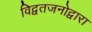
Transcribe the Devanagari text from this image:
विद्वतजनोद्वारा